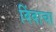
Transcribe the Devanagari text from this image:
बिंबाचा